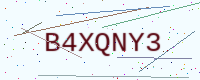
Text: B4XQNY3